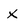
Character: x